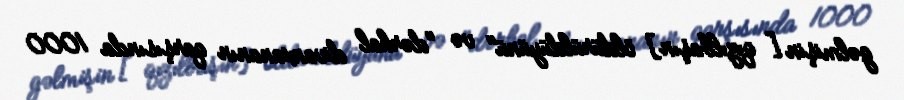
gəlmişin [qızılbaşın] öldürüldüyünü" və "dərhal divanxananın qarşısında 1000